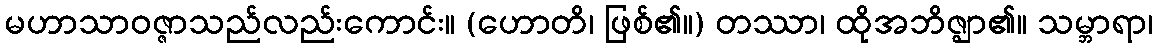
မဟာသာဝဇ္ဇာသည်လည်းကောင်း။ (ဟောတိ၊ ဖြစ်၏။) တဿာ၊ ထိုအဘိဇ္ဈာ၏။ သမ္ဘာရာ၊